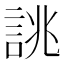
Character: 誂